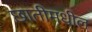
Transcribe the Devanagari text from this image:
छातीमधील